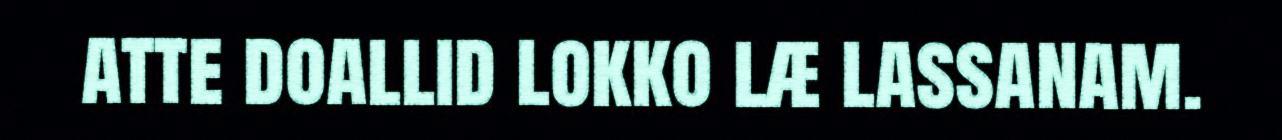
atte doallid lokko læ lassanam.